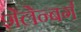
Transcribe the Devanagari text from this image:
शेलेन्बर्ग